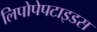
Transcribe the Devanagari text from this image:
लिपोपेपटाइडस